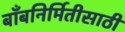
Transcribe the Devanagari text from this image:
बाँबनिर्मितीसाठी